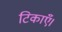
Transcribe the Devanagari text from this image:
टिकाएँ।